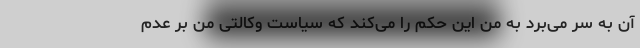
آن به سر می‌برد به من این حکم را می‌کند که سیاست وکالتی من بر عدم